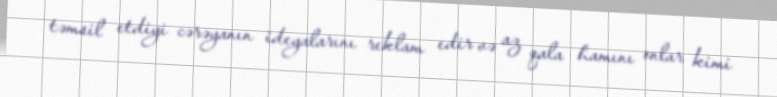
təmsil etdiyi cərəyanın ideyalarını reklam edir və az qala hamını onlar kimi